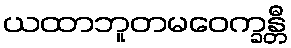
ယထာဘူတမဝေက္ခန္တီ